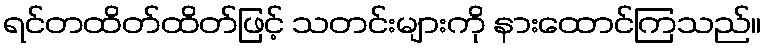
ရင်တထိတ်ထိတ်ဖြင့် သတင်းများကို နားထောင်ကြသည်။